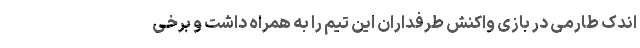
اندک طارمی در بازی واکنش طرفداران این تیم را به همراه داشت و برخی